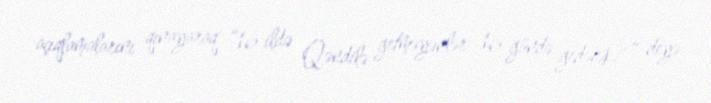
açıqlamalarını qınayaraq “16 ildə Qəndilə getməyənlər 16 gündə gedəcək?” deyə